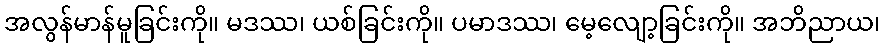
အလွန်မာန်မူခြင်းကို။ မဒဿ၊ ယစ်ခြင်းကို။ ပမာဒဿ၊ မေ့လျော့ခြင်းကို။ အဘိညာယ၊